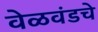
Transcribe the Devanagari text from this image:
वेळवंडचे